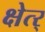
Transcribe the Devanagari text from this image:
क्षेत्र्‍